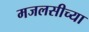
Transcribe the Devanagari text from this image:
मजलसीच्या